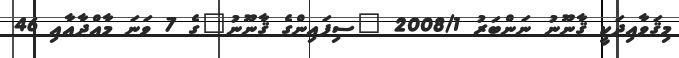
މިޤަވާއިދަކީ ޤާނޫނު ނަންބަރު 2008/1 "ސިފައިންގެ ޤާނޫނު"ގެ 7 ވަނަ މާއްދާއާއި 46